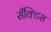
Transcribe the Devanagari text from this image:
सँक्टिस